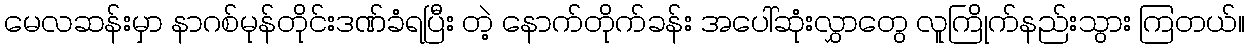
မေလဆန်းမှာ နာဂစ်မုန်တိုင်းဒဏ်ခံရပြီး တဲ့ နောက်တိုက်ခန်း အပေါ်ဆုံးလွှာတွေ လူကြိုက်နည်းသွား ကြတယ်။